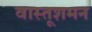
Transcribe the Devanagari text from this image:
वास्तूशमन